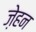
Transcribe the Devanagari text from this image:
ज़ेहन